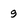
Character: 9